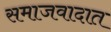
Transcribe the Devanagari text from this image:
समाजवादात